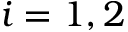
i = 1 , 2